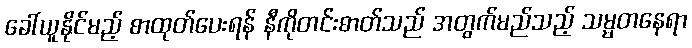
ခေါ်ယူနိုင်မည့် စာထုတ်ပေးရန် နီကိုတင်းဓာတ်သည် အတွက်မည်သည့် သမ္မတနေရာ